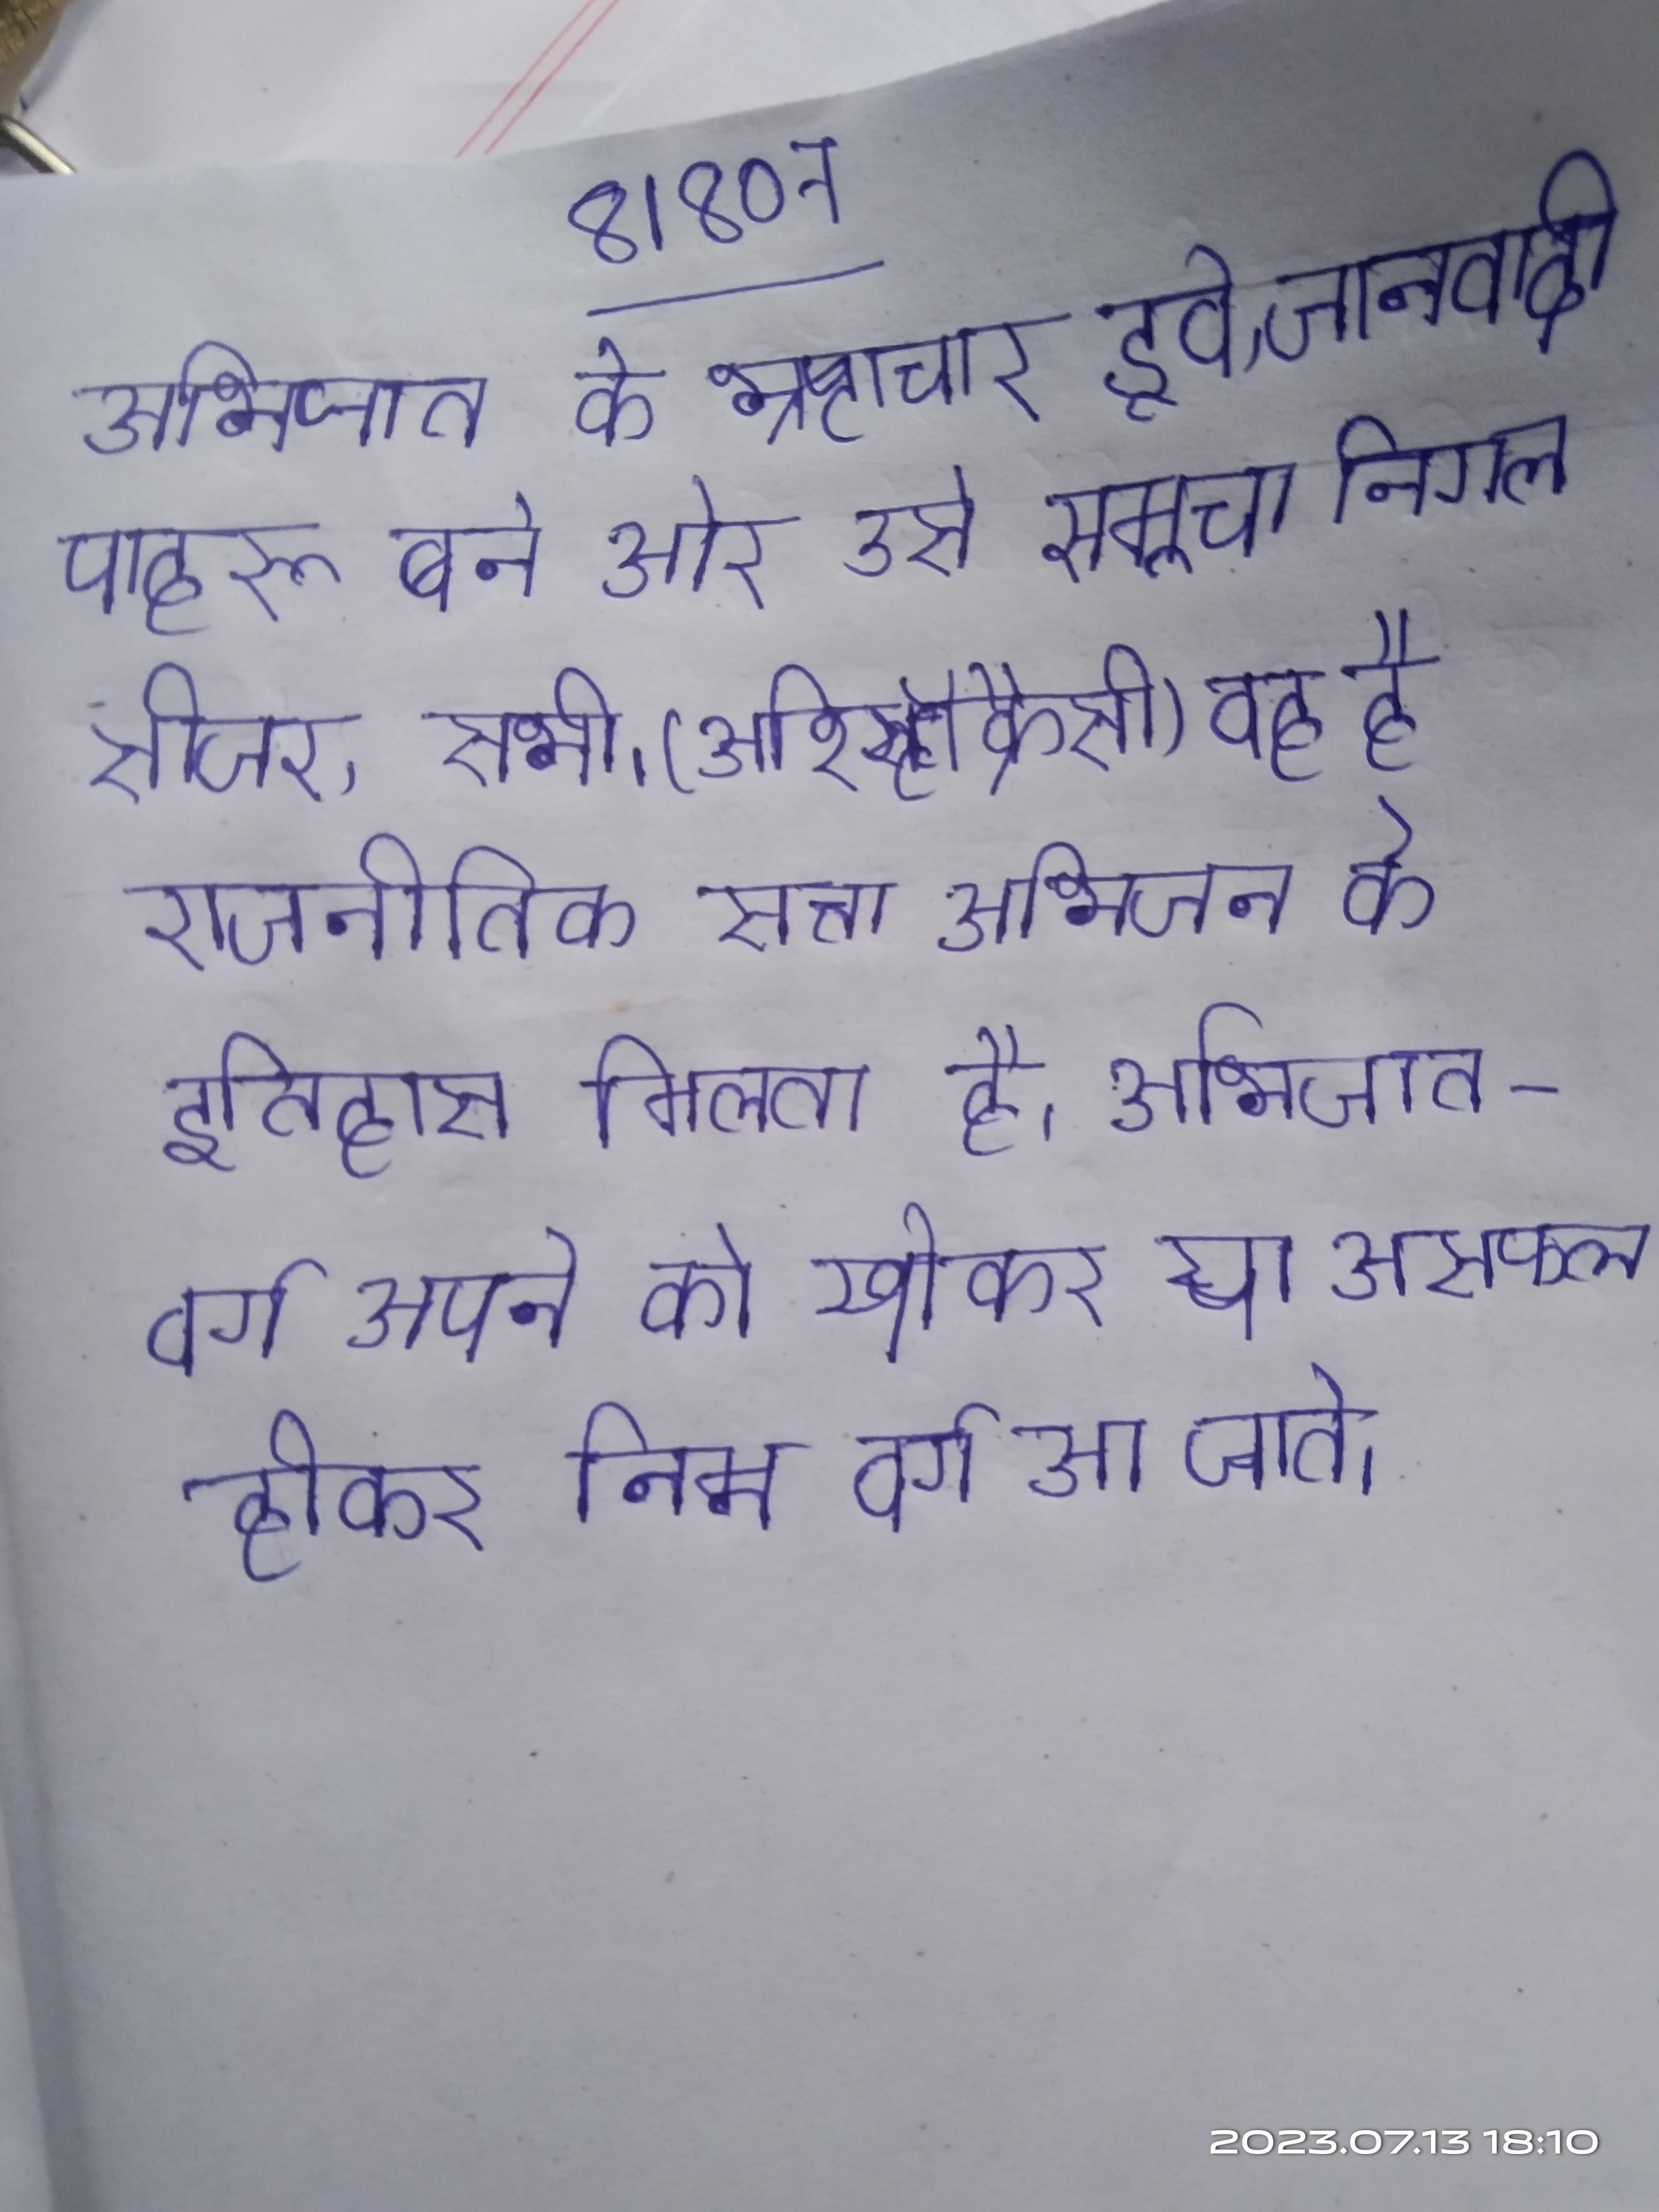
अभिजात के भ्रष्टाचार डूबे, जनवादी पाहरू बने और उसे समूचा निगल सीजर, सभी । (अरिस्टॉक्रैसी) वह है राजनीतिक सत्ता अभिजन के हाथ हो । का उल्लेख प्राय: अनेक के इतिहास मिलता है । अभिजात-वर्ग अपने को खोकर या असफल होकर निम्न वर्ग आ जाते ।